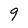
Character: 9